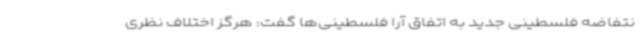
نتفاضه فلسطینی جدید به اتفاق آرا فلسطینی‌ها گفت: هرگز اختلاف نظری